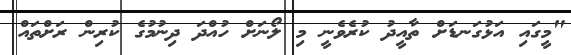
"މީގައި އަޅުގަނޑަށް ތާއީދު ކުރެވެނީ މި ލޯނަށް ހުއްދަ ދިނުމުގެ ކުރިން ރަށްތައް